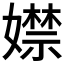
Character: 𡢾